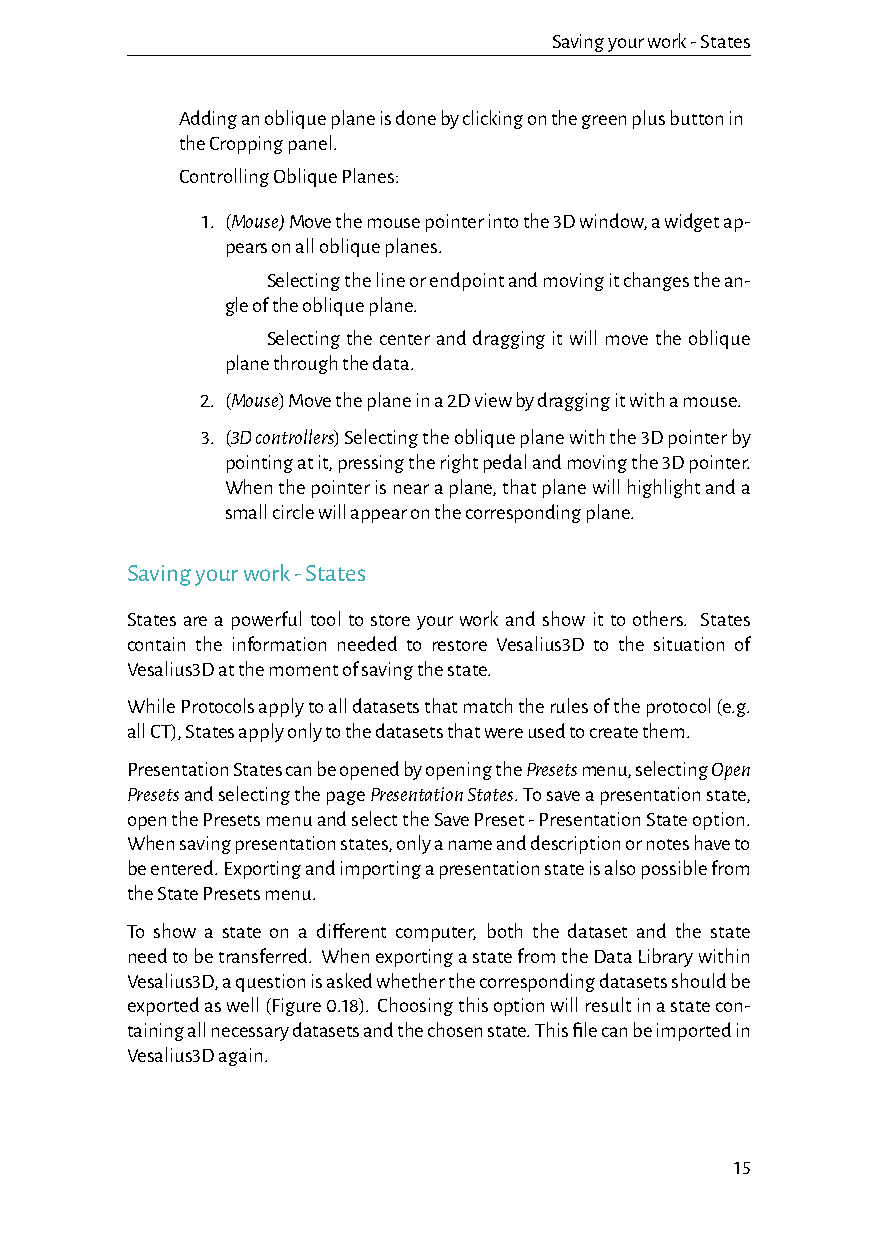
Savingyourwork-States
 Addinganobliqueplaneisdonebyclickingonthegreenplusbuttonin
 theCroppingpanel.
 ControllingObliquePlanes:
 1. (Mouse)Movethemousepointerintothe3Dwindow,awidgetap-
 pearsonallobliqueplanes.
 Selectingthelineorendpointandmovingitchangesthean-
 gleoftheobliqueplane.
 Selectingthecenteranddraggingitwillmovetheoblique
 planethroughthedata.
 2. (Mouse)Movetheplaneina2Dviewbydraggingitwithamouse.
 3. (3Dcontrollers)Selectingtheobliqueplanewiththe3Dpointerby
 pointingatit,pressingtherightpedalandmovingthe3Dpointer.
 Whenthepointerisnearaplane,thatplanewillhighlightanda
 smallcirclewillappearonthecorrespondingplane.
 Savingyourwork-States
 States are a powerful tool to store your work and show it to others. States
 contain the information needed to restore Vesalius3D to the situation of
 Vesalius3Datthemomentofsavingthestate.
 WhileProtocolsapplytoalldatasetsthatmatchtherulesoftheprotocol(e.g.
 allCT),Statesapplyonlytothedatasetsthatwereusedtocreatethem.
 PresentationStatescanbeopenedbyopeningthePresetsmenu,selectingOpen
 PresetsandselectingthepagePresentationStates.Tosaveapresentationstate,
 openthePresetsmenuandselecttheSavePreset-PresentationStateoption.
 Whensavingpresentationstates,onlyanameanddescriptionornoteshaveto
 beentered.Exportingandimportingapresentationstateisalsopossiblefrom
 theStatePresetsmenu.
 To show a state on a different computer, both the dataset and the state
 needtobetransferred. WhenexportingastatefromtheDataLibrarywithin
 Vesalius3D,aquestionisaskedwhetherthecorrespondingdatasetsshouldbe
 exportedaswell(Figure0.18). Choosingthisoptionwillresultinastatecon-
 tainingallnecessarydatasetsandthechosenstate.Thisfilecanbeimportedin
 Vesalius3Dagain.
 15